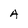
Character: A